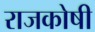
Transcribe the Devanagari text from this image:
राजकोषी